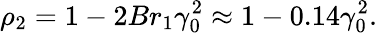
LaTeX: \rho_{2}=1-2Br_{1}\gamma_{0}^{2}\approx 1-0.14\gamma_{0}^{2}.